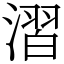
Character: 漝